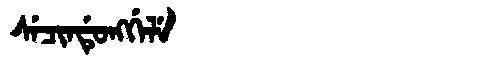
Manchu: ᠰᡝᠴᡳᠨᡩᡠᠩᡤᡝᠯᡝ
Romanization: SECINDUNGGELE